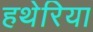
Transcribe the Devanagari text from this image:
हथेरिया